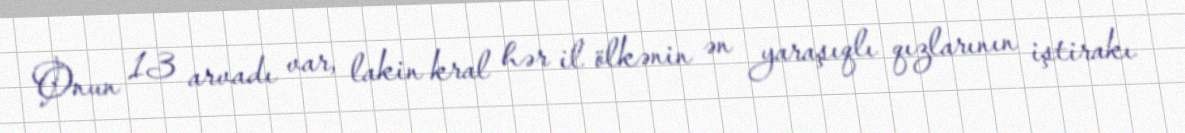
Onun 13 arvadı var, lakin kral hər il ölkənin ən yaraşıqlı qızlarının iştirakı